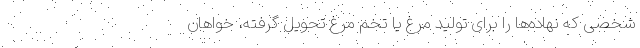
شخصی که نهاده‌ها را برای تولید مرغ یا تخم مرغ تحویل گرفته، خواهان